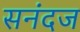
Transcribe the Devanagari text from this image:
सनंदज